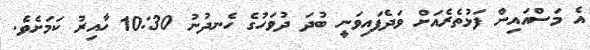
އެ މަސްއައިން ފަޅުތެރެއަށް ވަދެފައިވަނީ ބުދަ ދުވަހުގެ ހެނދުނު 10:30 ހާއިރު ކަމަށެވެ.